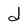
Character: d